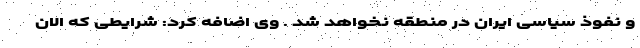
و نفوذ سیاسی ایران در منطقه نخواهد شد . وی اضافه کرد: شرایطی که الان